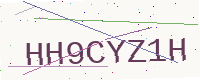
Text: HH9CYZ1H